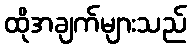
ထိုအချက်များသည်